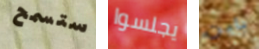
ستسمح يجلسوا باين